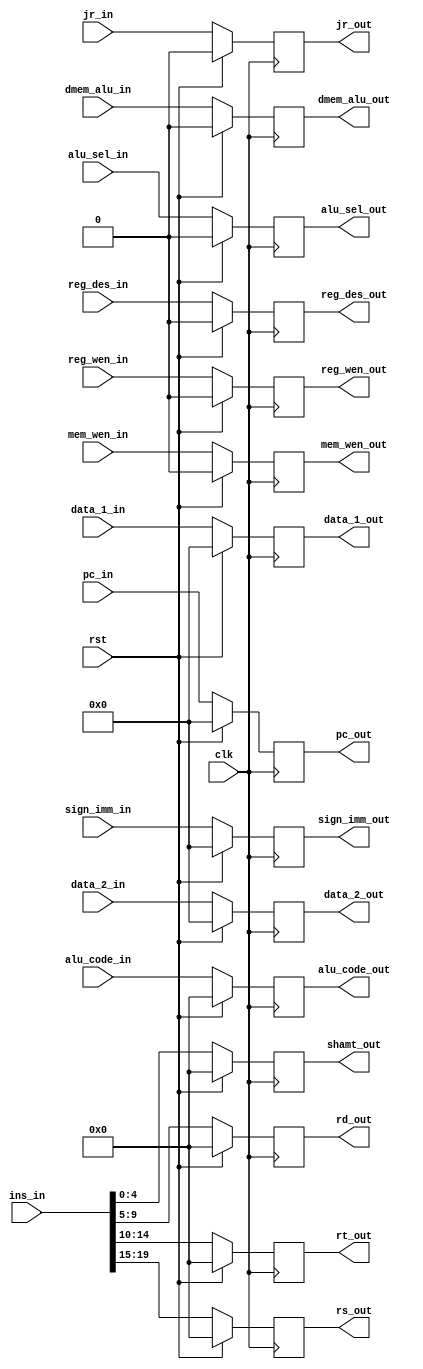
//Eric Sullivan
//10/10/2019
// ID_EX Pipe

module ID_EX (

	// clock and reset
	input clk,
	input rst,
	
	// data in and out
	input [31:0] data_1_in,
	input [31:0] data_2_in,
	output reg [31:0] data_1_out,
	output reg [31:0] data_2_out,
	
	//instructions in and out
	input [19:0] ins_in,
	input [31:0] sign_imm_in,
	output reg [4:0] rs_out,
	output reg [4:0] rt_out,
	output reg [4:0] rd_out,
	output reg [4:0] shamt_out,
	output reg [31:0] sign_imm_out,
	
	//controller junk
	input reg_wen_in,
	input reg_des_in,
	input dmem_alu_in,
	input mem_wen_in,
	input jr_in,
	input alu_sel_in,
	input [4:0] alu_code_in,
	input [31:0] pc_in,
	output reg reg_wen_out,
	output reg reg_des_out,
	output reg dmem_alu_out,
	output reg mem_wen_out,
	output reg jr_out,
	output reg alu_sel_out,
	output reg [4:0] alu_code_out,
	output reg [31:0] pc_out);
	
	initial begin
	
		//data
		data_1_out = 0;
		data_2_out = 0;
		
		//instruction
		rs_out = 0;
		rt_out = 0;
		rd_out = 0;
		shamt_out = 0;
		sign_imm_out = 0;
		
		//controller
		reg_wen_out = 0;
		reg_des_out = 0;
		dmem_alu_out = 0;
		mem_wen_out = 0;
		jr_out = 0;
		alu_sel_out = 0;
		alu_code_out = 0;
		pc_out = 0;
		
	end
	
	always @(posedge clk) begin
	
		if (rst == 1'b1) begin
		
			//data
			data_1_out <= 0;
			data_2_out <= 0;
		
			//instruction
			rs_out <= 0;
			rt_out <= 0;
			rd_out <= 0;
			shamt_out <= 0;
			sign_imm_out <=0;
		
			//controller
			reg_wen_out <= 0;
			reg_des_out <= 0;
			dmem_alu_out <= 0;
			mem_wen_out <= 0;
			jr_out <= 0;
			alu_sel_out <= 0;
			alu_code_out <= 0;
			pc_out <= 0;
			
		end
		
		else begin
		
			//data
			data_1_out <= data_1_in;
			data_2_out <= data_2_in;
		
			//instruction
			rs_out <= ins_in[19:15];
			rt_out <= ins_in[14:10];
			rd_out <= ins_in[9:5];
			shamt_out <= ins_in[4:0];
			sign_imm_out <= sign_imm_in;
			
			//controller
			reg_wen_out <= reg_wen_in;
			reg_des_out <= reg_des_in;
			dmem_alu_out <= dmem_alu_in;
			mem_wen_out <= mem_wen_in;
			jr_out <= jr_in;
			alu_sel_out <= alu_sel_in;
			alu_code_out <= alu_code_in;
			pc_out <= pc_in;
			
		end
		
	end
	
endmodule